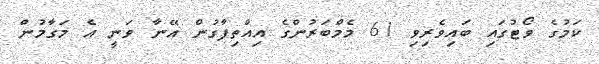
ކަމުގެ ވޯޓުގައި ބައިވެރިވި 61 މެމްބަރުންގެ އިއްތިފާގުން އޭނާ ވަނީ އެ މަގާމުން